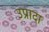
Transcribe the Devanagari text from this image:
उप्रादा